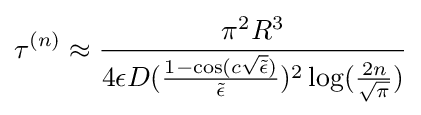
\tau ^{(n)}\approx {\frac {\pi ^{2}R^{3}}{4\epsilon D({\frac {1-\cos(c{\sqrt {\tilde {\epsilon }}})}{\tilde {\epsilon }}})^{2}\log({\frac {2n}{\sqrt {\pi }}})}}